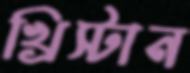
খ্রিস্টান